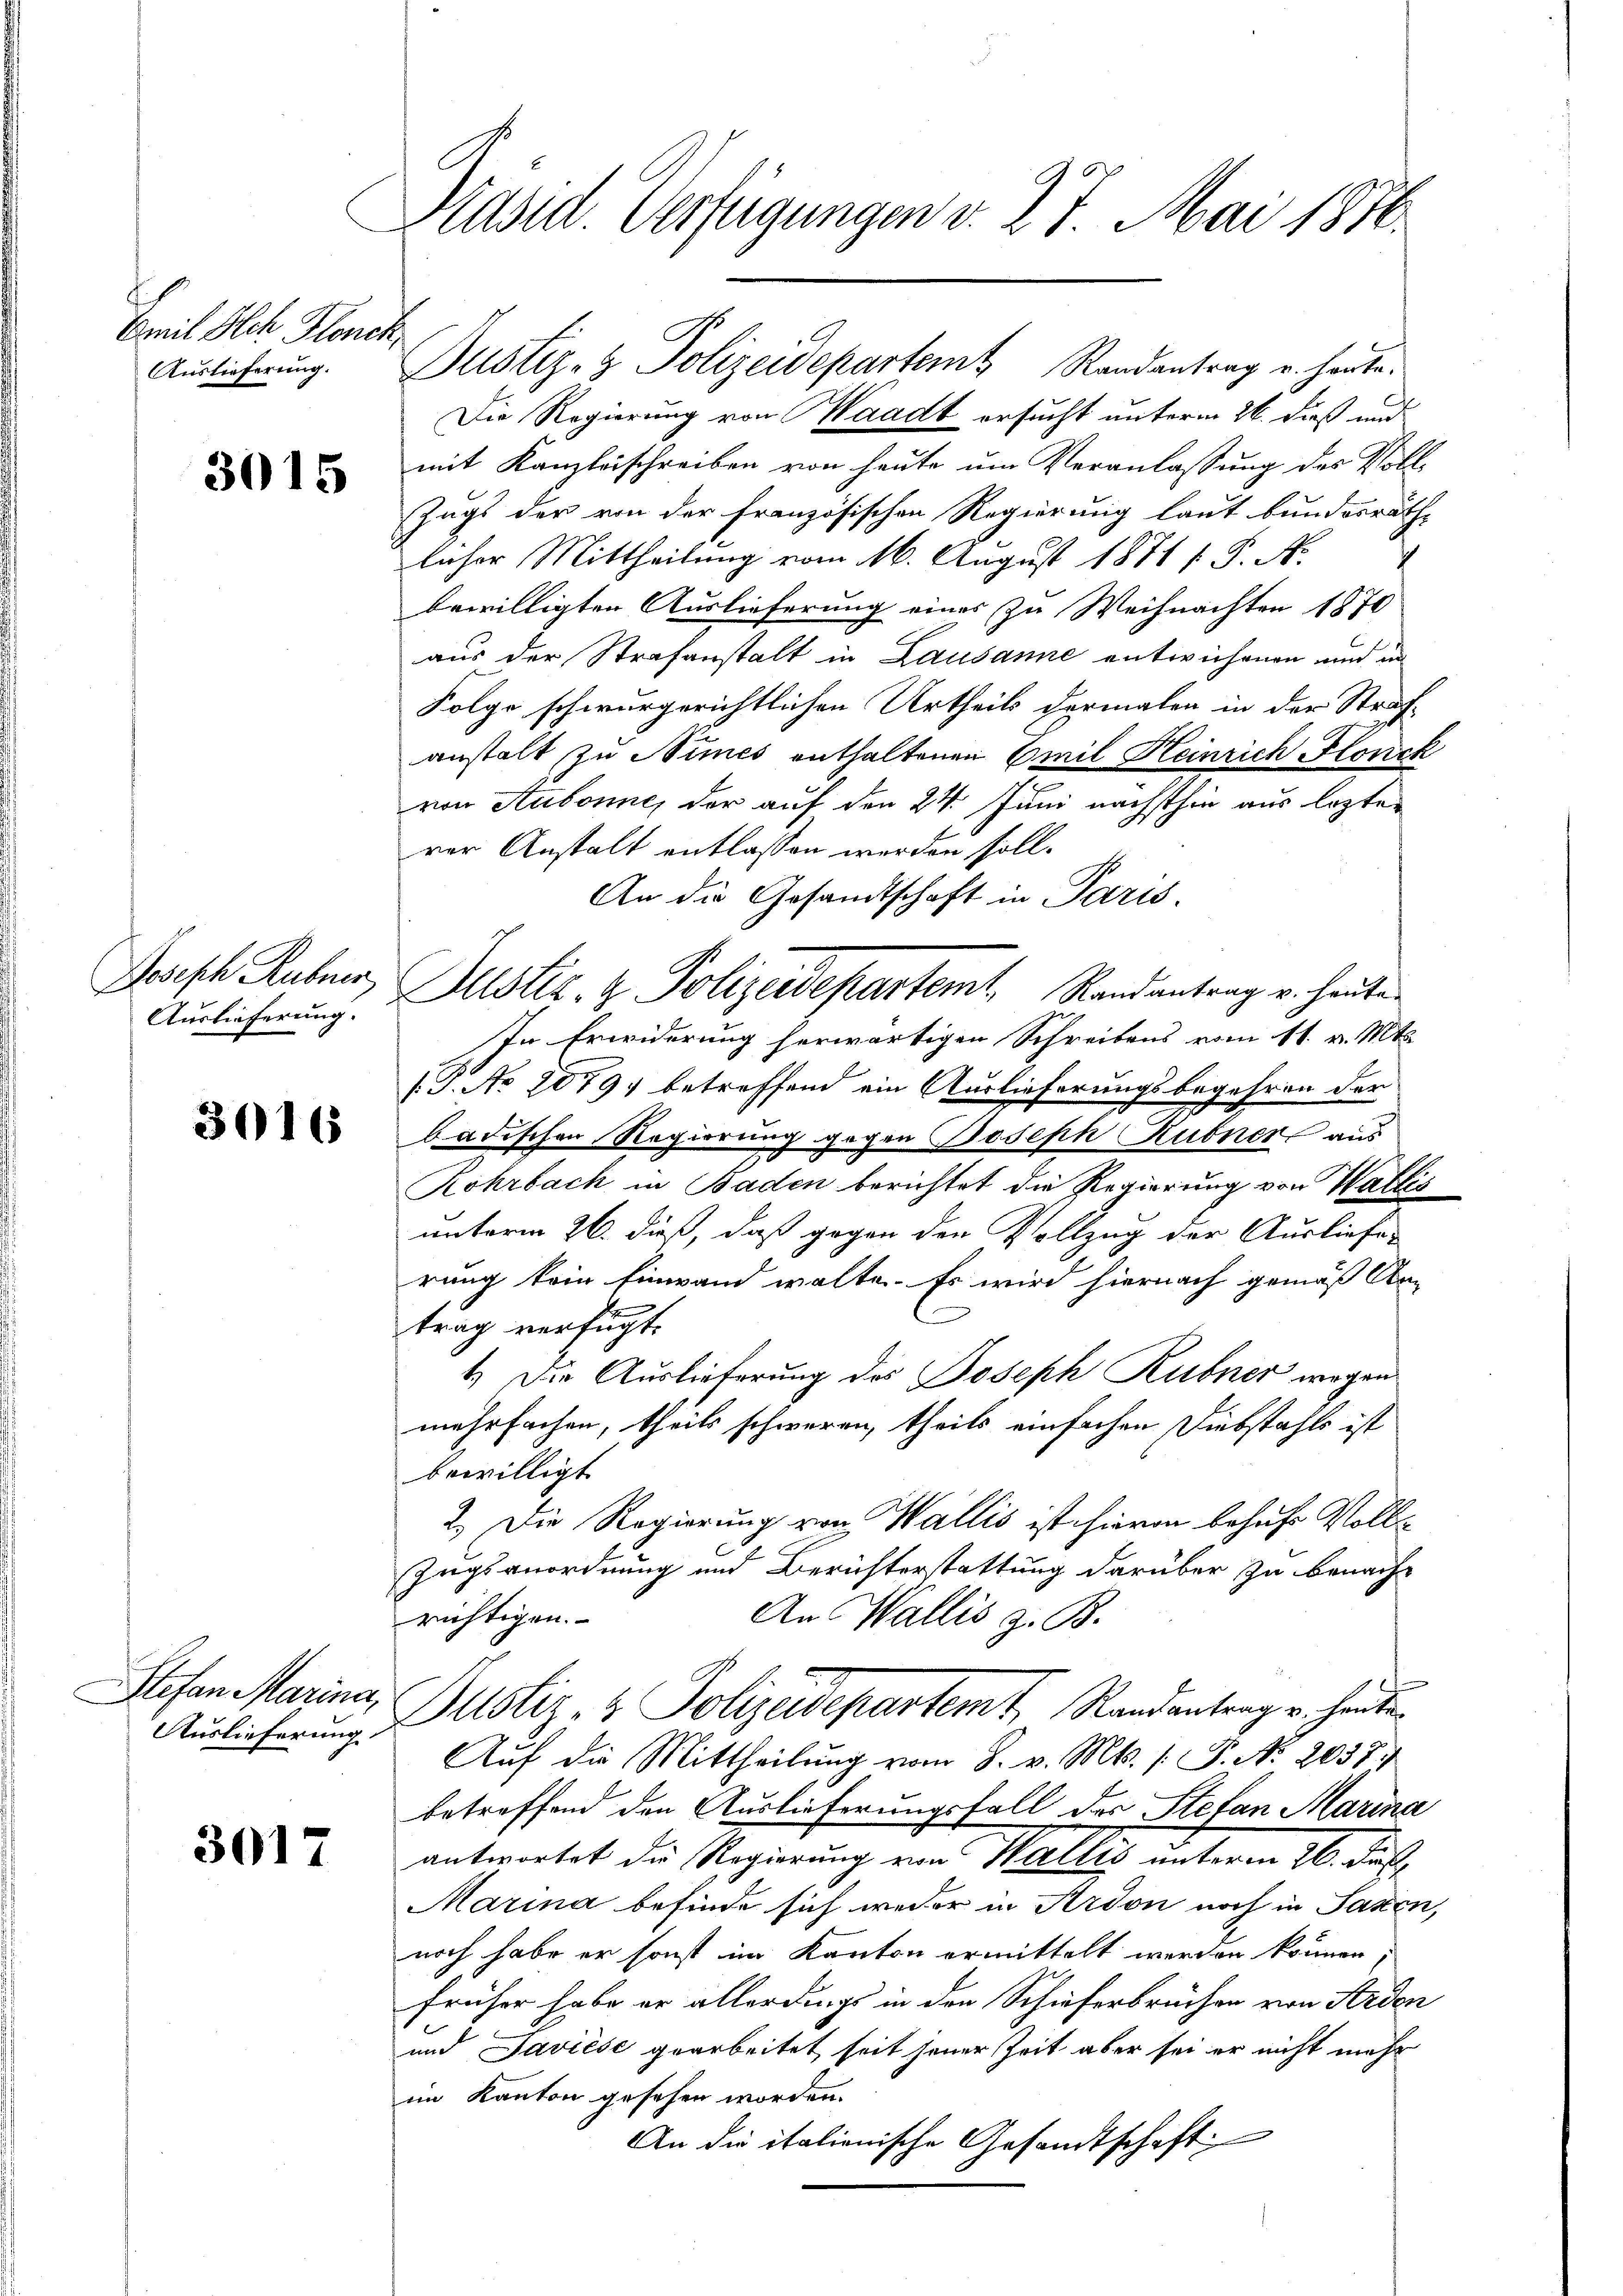
Emil Sch Pleno.
Auslieferung.

3015

Joseph Rubner
Auslieferung.

3016

Stefan Marina,
Auslieferung.

3017

Präsid. Verfügungen v. 27. Mai 1876.

G
Die Regierung von Waadt ersucht unterm 26. dieß und
mit Kanzleischreiben von heute um Veranlassung des Voll¬
Zugs der von der französischen Regierung laut bundesrath,
licher Mittheilung vom 16. August 1871 f. S. N
h
bewilligten Auslieferung eines zu Weihnachter 1870
aus der Strafanstalt in Lausanne entwichenen und in
Folge schwurgerichtlichen Urtheils dermalen in der Strafanstalt zu Nimés enthaltenen Emil Heinrich Flonck
von Aubonne, der auf den 24. Juni nächsthin aus lezten
rer Anstalt entlassen werden soll.
An die Gesandtschaft in Paris.
Justiz- & Polizeidepartemt, Randantrag v. heute
In Erwiderung herwärtigen Schreibens vom 11. v. Mts.
(B. No 20794 betreffend ein Auslieferungsbegehren der
badischen Regierung gegen Joseph Kubner aus
Rohrbach in Baden berichtet die Regierung von Wallis
unterm 26. daß, daß gegen den Vollzug der Ausliefe
rung kein Einwand wolte. Es wird hiernach gemäß An
trag verfügt.
1.) Die Auslieferung des Joseph Rubner wegen
mehrfachen, theils schweren, theils einfachen Diebstahls ist
bewilligt
2.) Die Regierung von Wallis ist hievon behufs Voll¬
Zugsanordnung und Berichterstattung darüber zu benachrichtigen.
An Wallis z. B.
Justiz- & Polizeidepartemt Randantrag u. heute
Auf die Mittheilŭng vom 8. v. Mts. /: P. No. 2037.
betreffend den Auslieferungsfall des Stefan Marina
antwortet die Regierung von Wallis unterm 16. Juli
Marina befinde sich weder in Ardon noch in Pasten,
noch habe er sonst im Kanton ermittelt werden können,
früher habe er allerdings in den Schieferbruchen von Arden
und Javiese gearbeitet seit jener Zeit aber sei er nicht mehr
im Kanton gesehen worden.
An die italienische Gesandtschaft

Justiz- & Polizeidepartemt Randantrag u. heute.